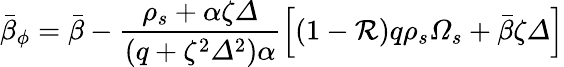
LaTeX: \bar{\beta}_{\phi}=\bar{\beta}-\frac{\rho_{s}+\alpha\zeta\varDelta}{\left(q+\zeta^{2}\varDelta^{2}\right)\alpha}\left[\left(1-\mathcal{R}\right)q\rho_{s}\varOmega_{s}+\bar{\beta}\zeta\varDelta\right]